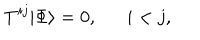
LaTeX: T ^ { i j } | \Phi \rangle = 0 , \quad \; \; i < j ,